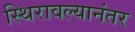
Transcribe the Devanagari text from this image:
स्थिरावल्यानंतर